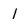
Character: l